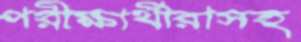
পরীক্ষার্থীরাসহ